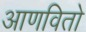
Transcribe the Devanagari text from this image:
आणवितो